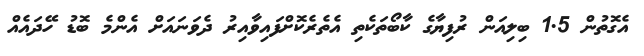
އެގޮތުން 1.5 ބިލިއަން ރުފިޔާގެ ކާބޯތަކެތި އެތެރެކޮށްފައިވާއިރު ދެވަނައަށް އެންމެ ބޮޑު ހޭދައެއް